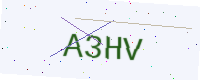
Text: A3HV